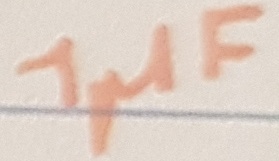
Text: 1µF